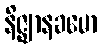
နိဇ္ဈာနခမော